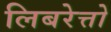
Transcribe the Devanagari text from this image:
लिबरेत्तो